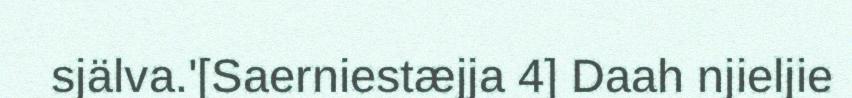
själva.'[Saerniestæjja 4] Daah njieljie